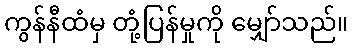
ကွန်နီထံမှ တုံ့ပြန်မှုကို မျှော်သည်။